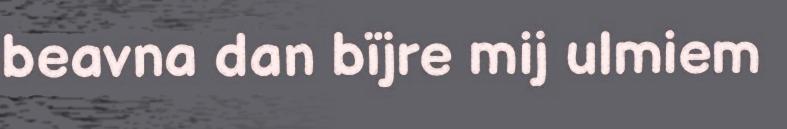
beavna dan bïjre mij ulmiem